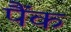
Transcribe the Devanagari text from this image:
पैंक